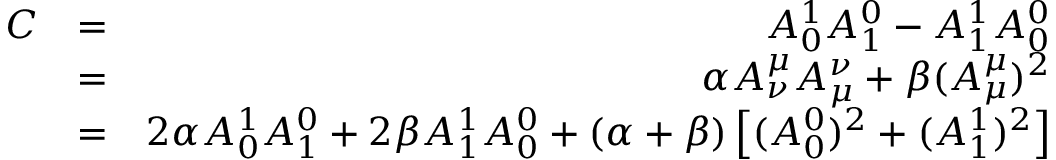
\begin{array} { r l r } { C } & { = } & { A _ { 0 } ^ { 1 } A _ { 1 } ^ { 0 } - A _ { 1 } ^ { 1 } A _ { 0 } ^ { 0 } } \\ & { = } & { \alpha A _ { \nu } ^ { \mu } A _ { \mu } ^ { \nu } + \beta ( A _ { \mu } ^ { \mu } ) ^ { 2 } } \\ & { = } & { 2 \alpha A _ { 0 } ^ { 1 } A _ { 1 } ^ { 0 } + 2 \beta A _ { 1 } ^ { 1 } A _ { 0 } ^ { 0 } + \left( \alpha + \beta \right) \left[ ( A _ { 0 } ^ { 0 } ) ^ { 2 } + ( A _ { 1 } ^ { 1 } ) ^ { 2 } \right] } \end{array}